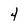
Character: 4